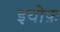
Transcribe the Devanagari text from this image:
इयोफ़